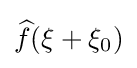
{\widehat {f}}(\xi +\xi _{0})